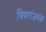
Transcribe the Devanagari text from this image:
विवरांजवळ